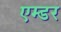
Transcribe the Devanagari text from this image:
एम्डर